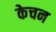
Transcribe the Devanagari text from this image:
केचन